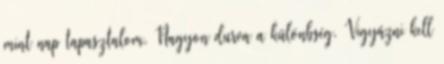
mint nap tapasztalom. Nagyon durva a különbség. Vigyázni kell